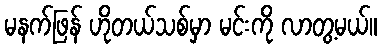
မနက်ဖြန် ဟိုတယ်သစ်မှာ မင်းကို လာတွ့မယ်။